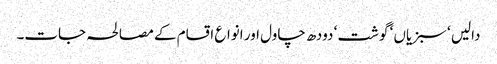
دالیں ‘ سبزیاں ‘ گوشت ‘ دودھ چاول اور انواع اقسام کے مصالحہ جات۔